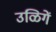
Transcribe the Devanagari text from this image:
उळिगें